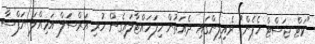
"ވަޓް ޖަސްޓް ހެޕެން" ރެއިލިންގައި ދެއަތުން ހިފަހައްޓާލައިގެން ހުރި އަރްސަލް އަމިއްލަ ނަފްސާ